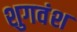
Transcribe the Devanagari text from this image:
शुगवंश